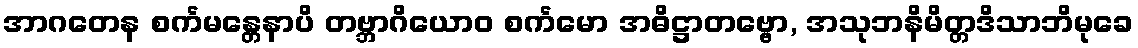
အာဂတေန စင်္ကမန္တေနာပိ တဗ္ဘာဂိယောဝ စင်္ကမော အဓိဋ္ဌာတဗ္ဗော, အသုဘနိမိတ္တဒိသာဘိမုခေ